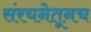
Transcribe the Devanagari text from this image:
संरचनेतूनच